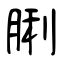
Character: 脷